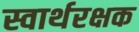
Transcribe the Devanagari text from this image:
स्वार्थरक्षक